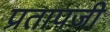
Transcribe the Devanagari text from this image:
प्रतापजी